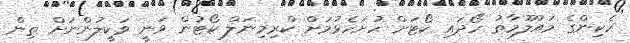
ހެކިންގެ މައުލޫމާތު ހޯދައި ކޯޓަަށް ހުށަހެޅުމަށް ކްރިމިނަލް ކޯޓުން ވަނީ ވަކީލުންނަށް ތިން